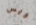
ويس